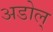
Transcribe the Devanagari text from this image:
अडोल्